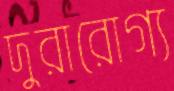
দুরারোগ্য